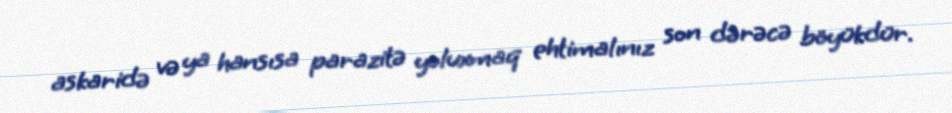
askaridə və ya hansısa parazitə yoluxmaq ehtimalınız son dərəcə böyükdür.